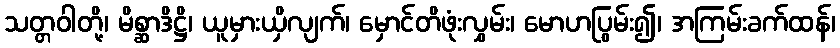
သတ္တဝါတို့၊ မိစ္ဆာဒိဋ္ဌိ၊ ယူမှားယှိလျက်၊ မှောင်တိဖုံးလွှမ်း၊ မောဟပြွမ်း၍၊ အကြမ်းခက်ထန်၊